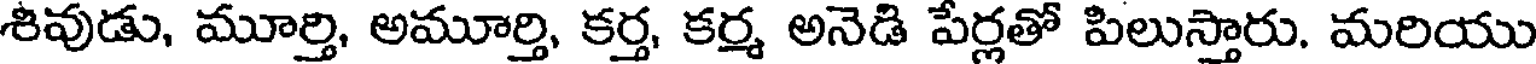
శివుడు, మూర్తి, అమూర్తి, కర్త, కర్మ అనెడి పేర్లతో పిలుస్తారు. మరియు